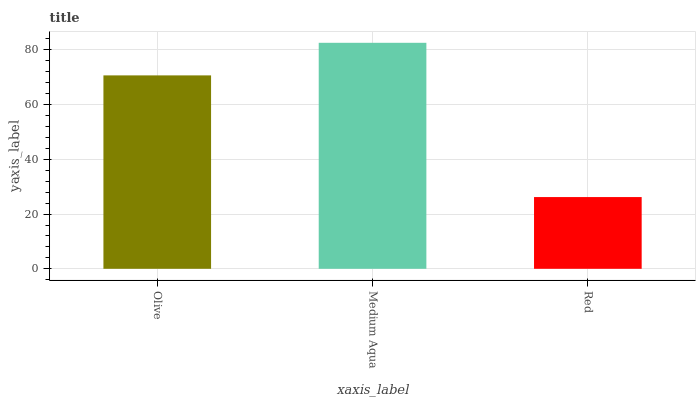
| xaxis_label | bars |
 | --- | --- |
 | Olive | 70.7 |
 | Medium Aqua | 82.6 |
 | Red | 26.2 |